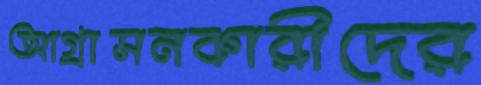
আগ্রাসনকারীদের